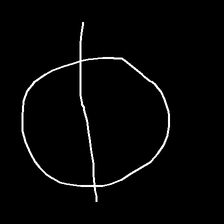
Glyph: orb